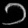
Digit: ၁